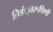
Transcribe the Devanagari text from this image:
तिङं्तरूपिणी